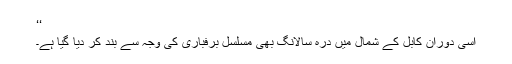
‘‘
اسی دوران کابل کے شمال میں درہ سالانگ بھی مسلسل برفباری کی وجہ سے بند کر دیا گیا ہے۔